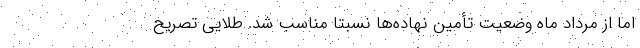
اما از مرداد ماه وضعیت تأمین نهاده‌ها نسبتاً مناسب شد. طلایی تصریح